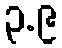
၃.၉